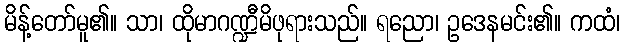
မိန့်တော်မူ၏။ သာ၊ ထိုမာဂဏ္ဍီမိဖုရားသည်။ ရညော၊ ဥဒေနမင်း၏။ ကထံ၊